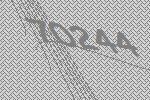
70244